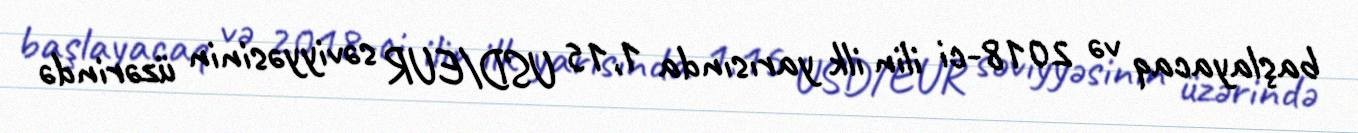
başlayacaq və 2018-ci ilin ilk yarısında 1,15 USD/EUR səviyyəsinin üzərində